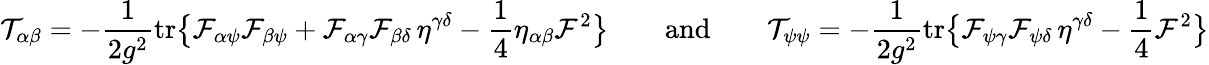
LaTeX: \mathcal{T}_{\alpha\beta}=-\frac{1}{2g^{2}}\mathrm{tr}\bigl\{ \mathcal{F}_{\alpha\psi}\mathcal{F}_{\beta\psi}+\mathcal{F}_{\alpha\gamma}\mathcal{F}_{\beta\delta}\, \eta^{\gamma\delta}-\frac 14\eta_{\alpha\beta}\mathcal{F}^{2}\bigr\} \qquad\mathrm{and}\qquad\mathcal{T}_{\psi\psi}=-\frac{1}{2g^{2}}\mathrm{tr}\bigl\{ \mathcal{F}_{\psi\gamma}\mathcal{F}_{\psi\delta}\, \eta^{\gamma\delta}-\frac 14\mathcal{F}^{2}\bigr\}